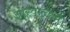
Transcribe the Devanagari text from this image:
ओस्वाल्डचे